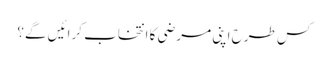
کس طرح اپنی مرضی کا انتخاب کرائیں گے؟